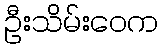
ဦးသိမ်းဝေက